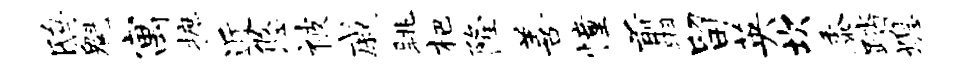
鸱魁寓摭近悠被戚眺杷隆善憧翦留英坎黍踏熄